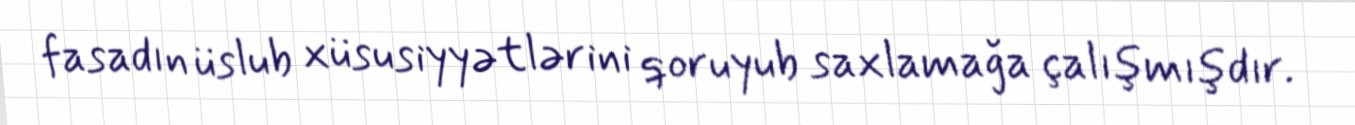
fasadın üslub xüsusiyyətlərini qoruyub saxlamağa çalışmışdır.